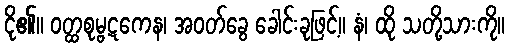
ငို၏။ ဝတ္ထစုမ္ဗဋကေန၊ အဝတ်ခွေ ခေါင်းခုဖြင့်။ နံ၊ ထို သတို့သားကို။